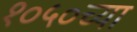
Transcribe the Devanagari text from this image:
१०५०च्या